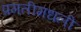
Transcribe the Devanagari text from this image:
प्रगतीमधली